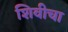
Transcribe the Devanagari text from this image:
शिवीचा